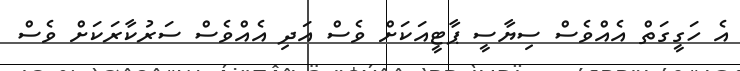
އެ ހަގީގަތް އެއްވެސް ސިޔާސީ ޕާޓީއަކަށް ވެސް އަދި އެއްވެސް ސަރުކާރަކަށް ވެސް